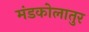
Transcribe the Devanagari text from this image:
मंडकोलातुर